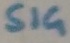
Text: SIG